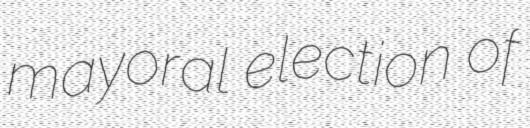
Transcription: mayoral election of